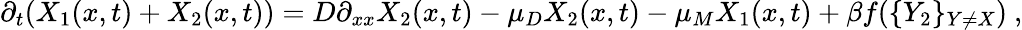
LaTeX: \partial_{t}(X_{1}(x,t)+X_{2}(x,t))=D\partial_{xx}X_{2}(x,t)-\mu_{D}X_{2}(x,t)-\mu_{M}X_{1}(x,t)+\beta f(\{ Y_{2}\} _{Y\neq X})~,